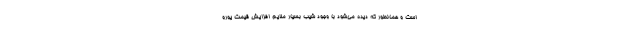
است و همانطور که دیده می‌شود با وجود شیب بسیار ملایم افزایش قیمت یورو